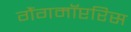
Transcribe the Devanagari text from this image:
गैंगमॉप्टरिस